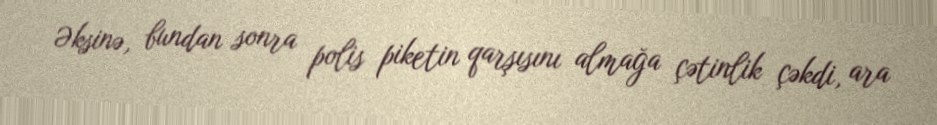
Əksinə, bundan sonra polis piketin qarşısını almağa çətinlik çəkdi, ara